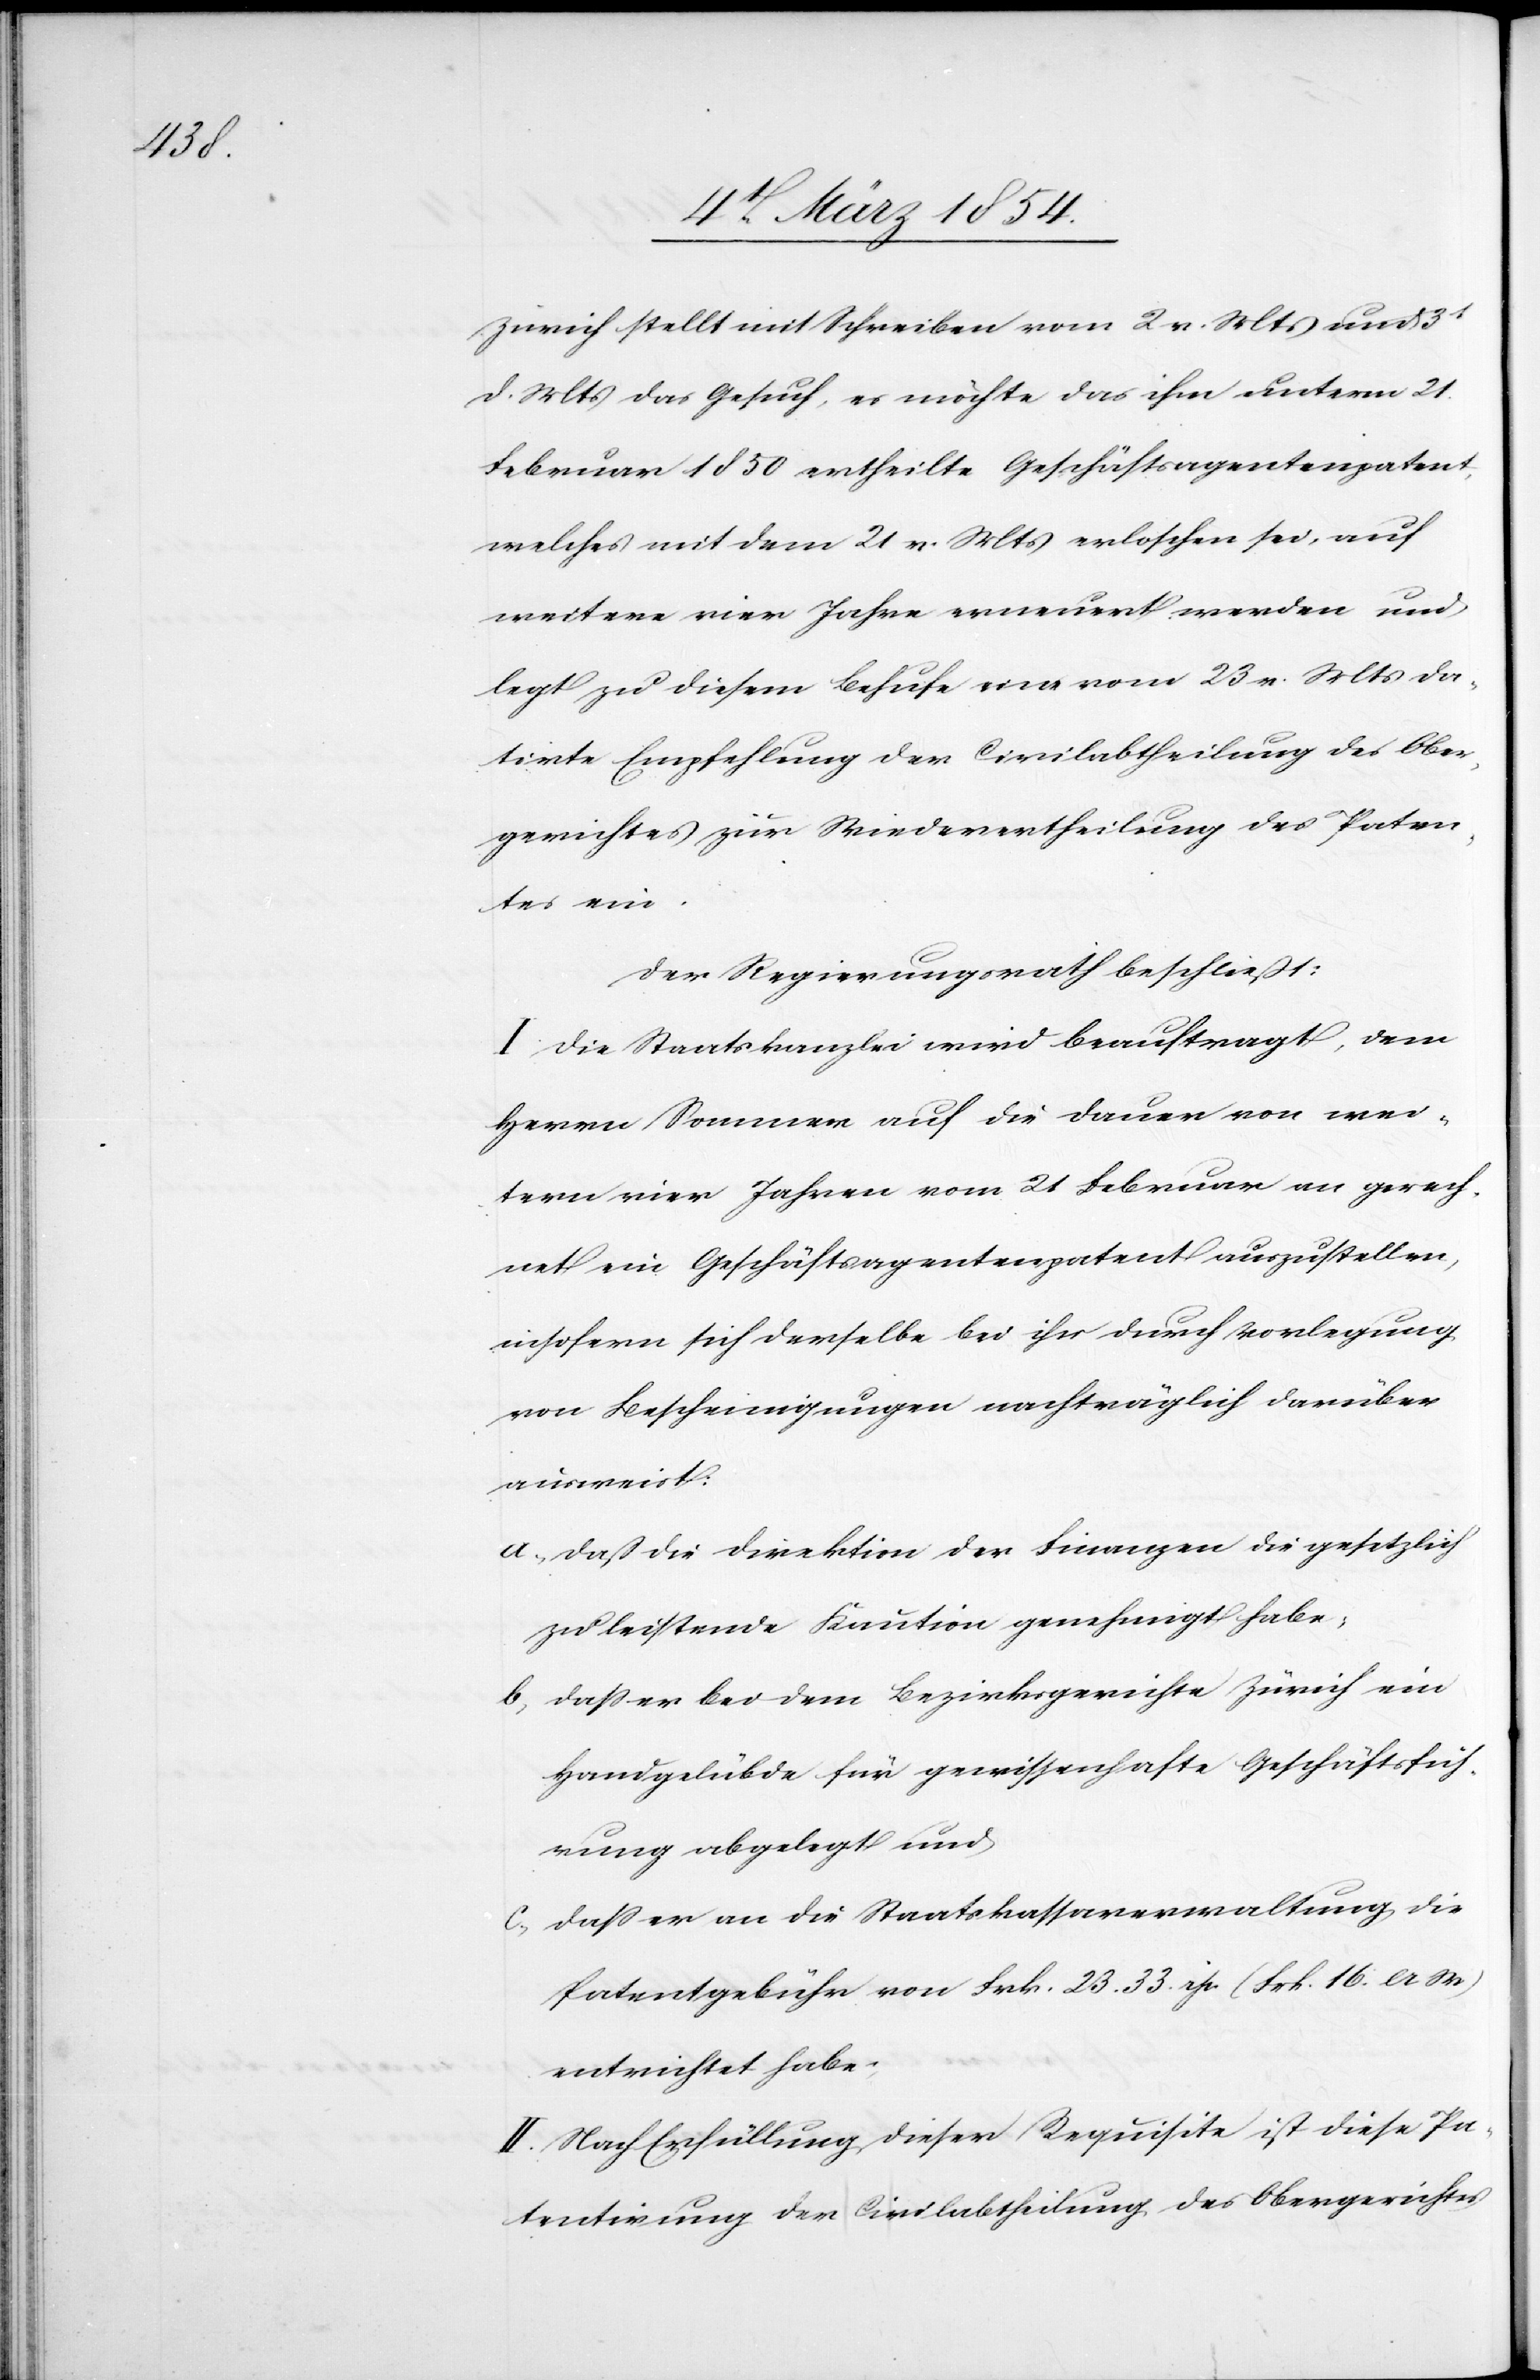
Zürich stellt mit Schreiben vom 2 v. Mts und 3t
d. Mts das Gesuch, es möchte das ihm unterm 21.
Februar 1850 ertheilte Geschäftsagentenpatent,
welches mit dem 21 v.Mts erloschen sei, auf
weitere vier Jahre erneuerte werden und
legt zu diesem Behufe eines vom 23 v. Mts da¬
tirte Empfehlung der Civilabtheilung des Ober¬
gerichtes zur Wiederertheilung des Paten¬
tes ein.
Der Regierungsrath beschließt:
I. Die Staatskanzlei wird beauftragt, dem
Herrn Sommer auf die Dauer von wei¬
tern vier Jahren vom 21 Februar an gerech¬
net ein Geschäftsagentenpatent auszustellen,
insofern sich derselbe bei ihr durch Vorlegung
von Bescheinigungen nachträglich darüber
ausweist:
a; daß die Direktion der Finanzen die gesetzlich
zu leistende Kaution genehmigt habe,
b, daß er bei dem Bezirksgerichte Zürich ein
Handgelübde für gewissenhafte Geschäftsrech¬
nung abgelegt und
c; daß er an die Staatskassaverwaltung die
Patentgebühr von Frk. 23.33. rp. (Frk. 16. a W)
entrichtet habe.
II. Nach Erfüllung dieser Requisite ist diese Pa¬
tentirung der Civilabtheilung des Obergerichtes